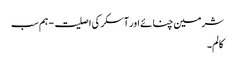
شرمین چنائے اور آسکر کی اصلیت - ہم سب
کالم۔